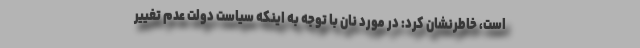
است، خاطرنشان کرد: در مورد نان با توجه به اینکه سیاست دولت عدم تغییر